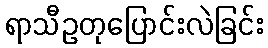
ရာသီဥတုပြောင်းလဲခြင်း